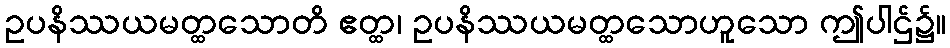
ဥပနိဿယမတ္ထသောတိ ဧတ္ထ၊ ဥပနိဿယမတ္ထသောဟူသော ဤပါဌ်၌။